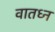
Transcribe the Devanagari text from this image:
वातध्न